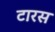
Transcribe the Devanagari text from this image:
टारस